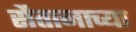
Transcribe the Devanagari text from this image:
सैतानाच्या